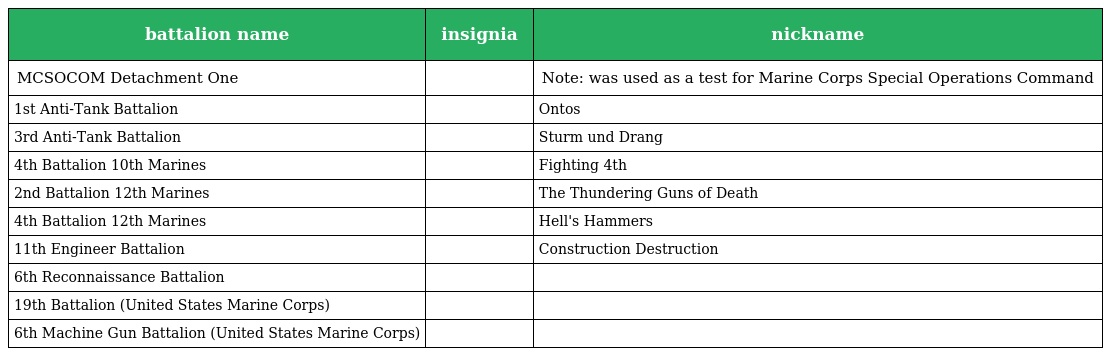
| battalion name | insignia | nickname |
 | --- | --- | --- |
 | MCSOCOM Detachment One |  | Note: was used as a test for Marine Corps Special Operations Command |
 | 1st Anti-Tank Battalion |  | Ontos |
 | 3rd Anti-Tank Battalion |  | Sturm und Drang |
 | 4th Battalion 10th Marines |  | Fighting 4th |
 | 2nd Battalion 12th Marines |  | The Thundering Guns of Death |
 | 4th Battalion 12th Marines |  | Hell's Hammers |
 | 11th Engineer Battalion |  | Construction Destruction |
 | 6th Reconnaissance Battalion |  |  |
 | 19th Battalion (United States Marine Corps) |  |  |
 | 6th Machine Gun Battalion (United States Marine Corps) |  |  |